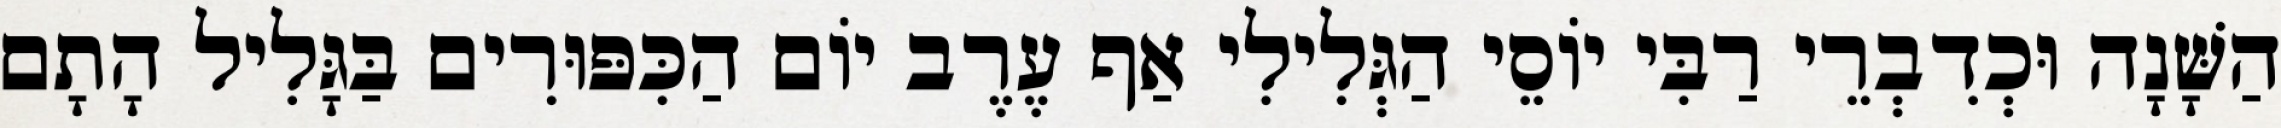
הַשָּׁנָה וּכְדִבְרֵי רַבִּי יוֹסֵי הַגְּלִילִי אַף עֶרֶב יוֹם הַכִּפּוּרִים בַּגָּלִיל הָתָם